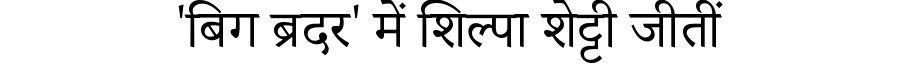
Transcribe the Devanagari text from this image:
'बिग ब्रदर' में शिल्पा शेट्टी जीतीं